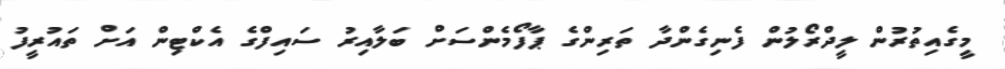
މީގެއިތުރުން ލީދްރޯލުން ފެނިގެންދާ ތަރިންގެ ޕާފޯމެންސަށް ބަލާއިރު ސައިފްގެ އެކްޓިން އަށް ތައުރީފު